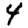
Digit: 4